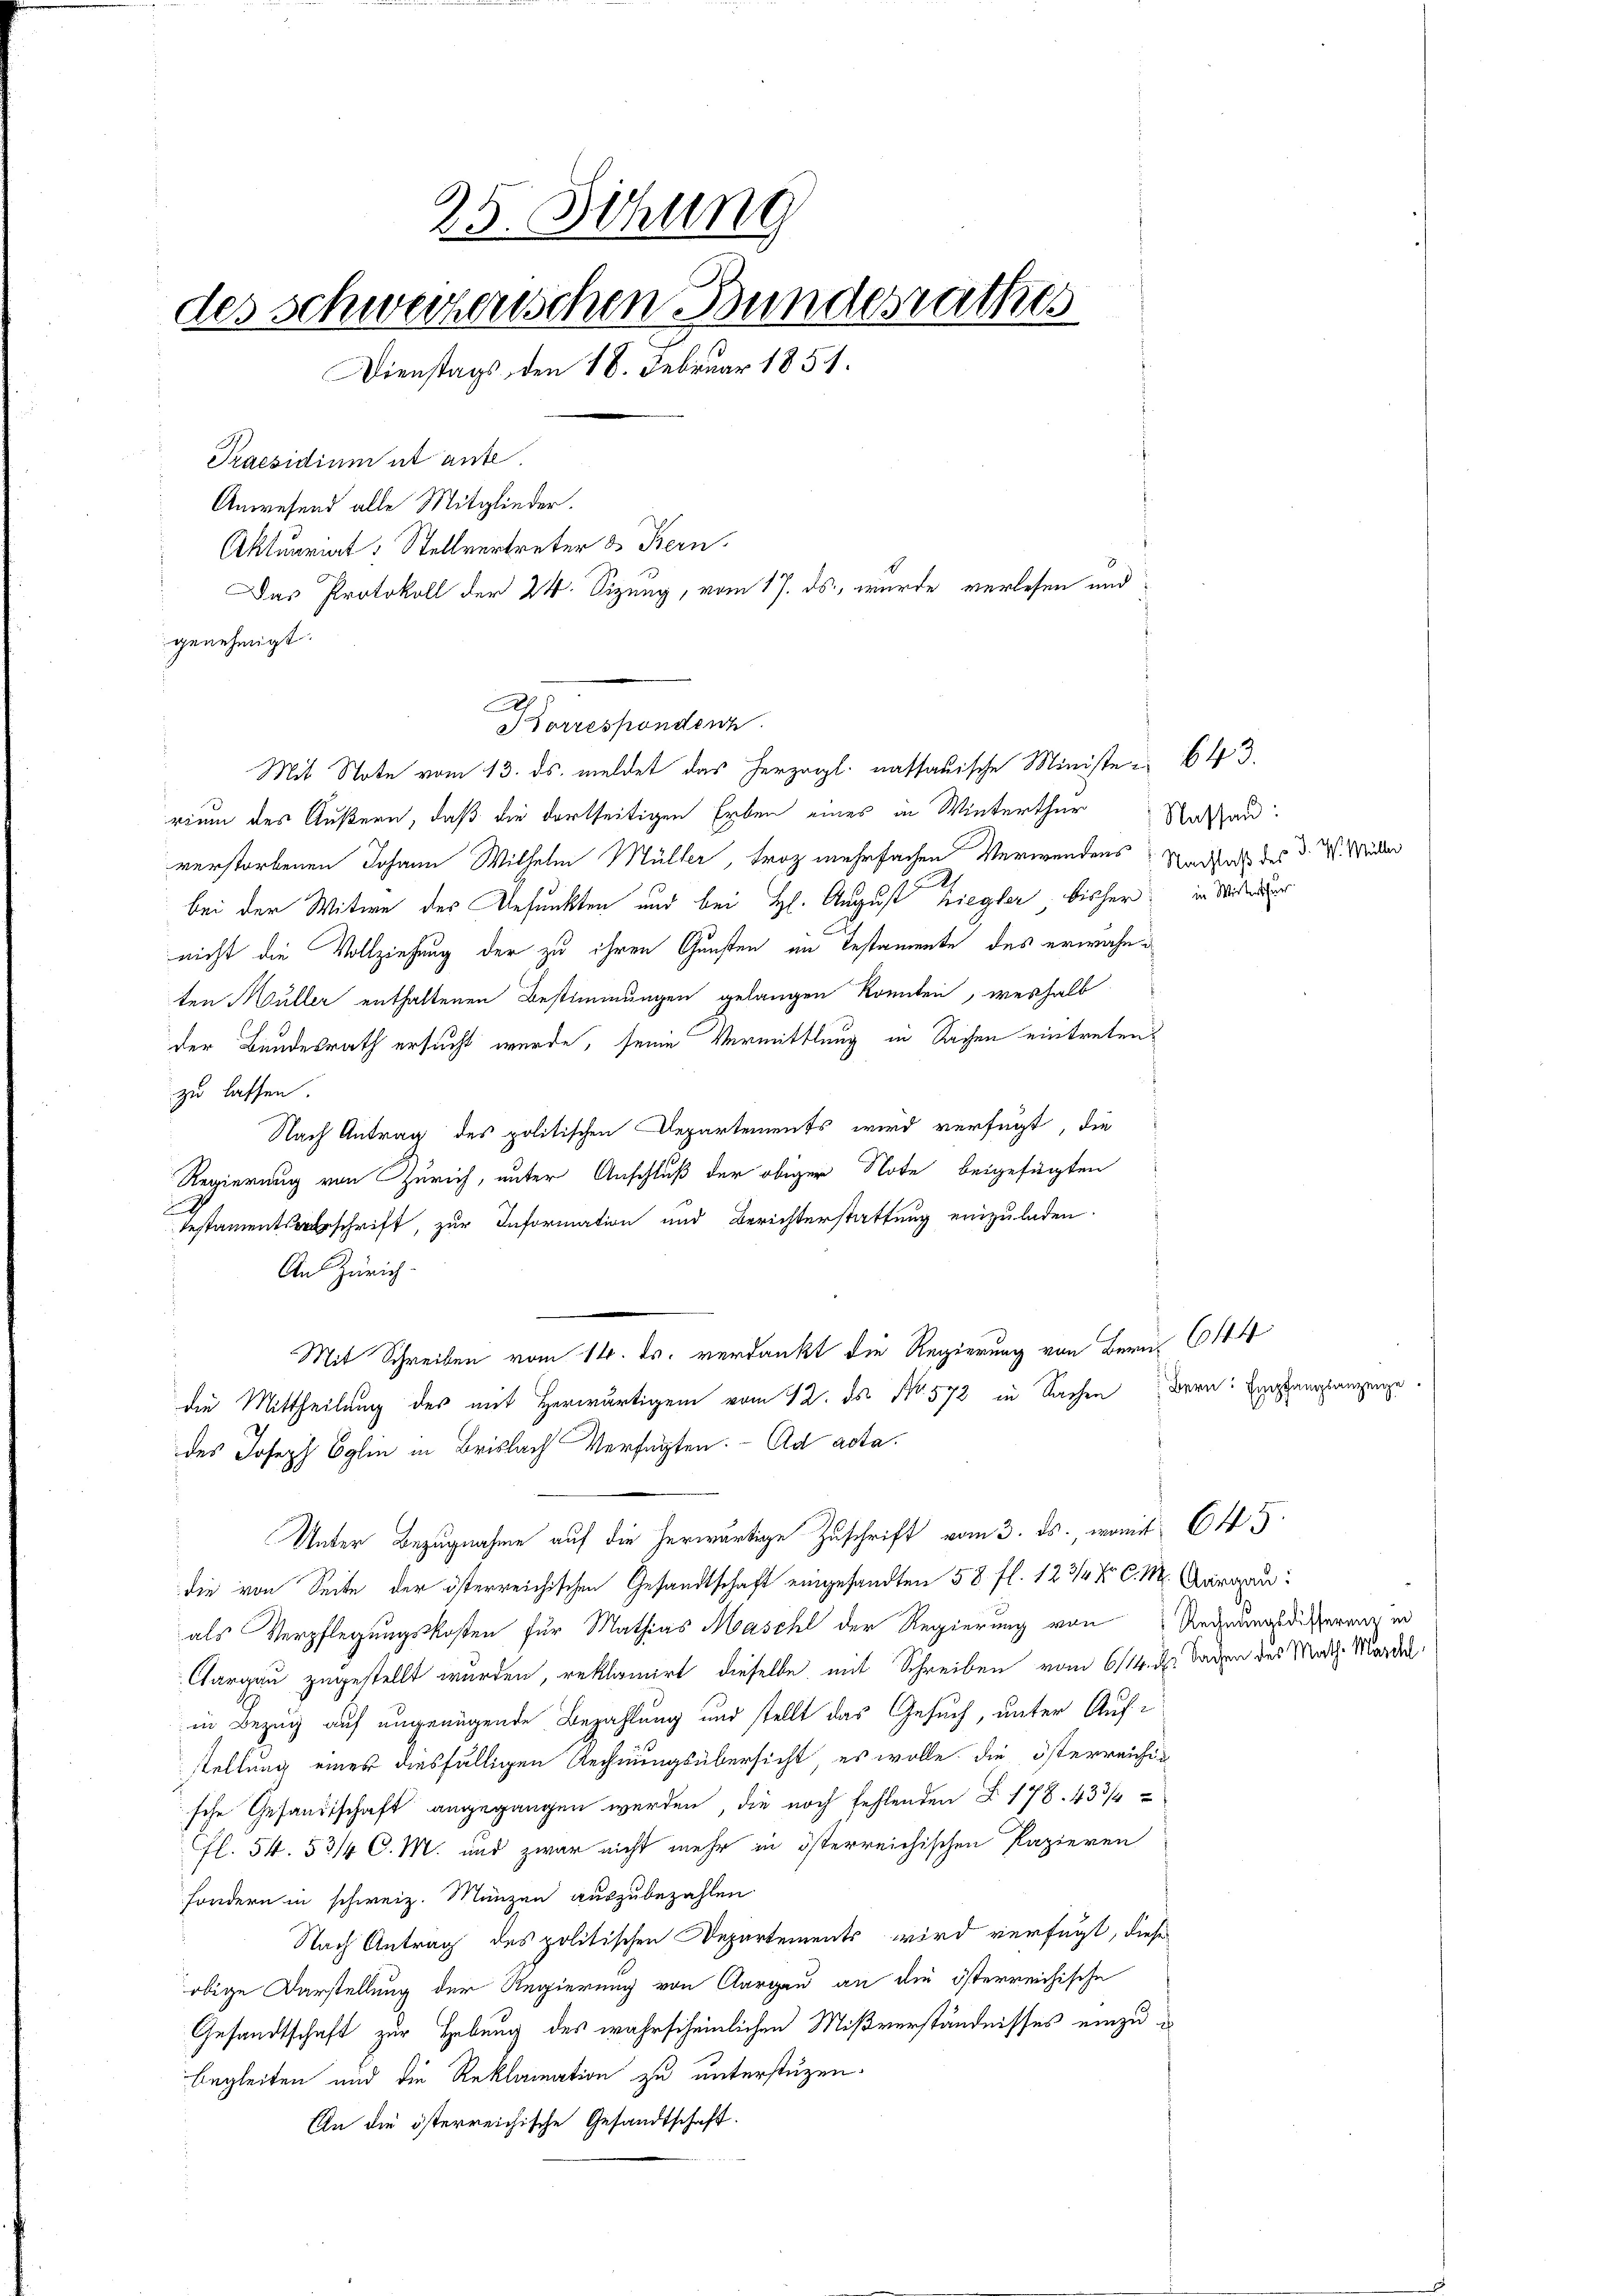
25. Sitzung
des schweizerischen Bundesrathes
Dienstags den 18. Februar 1851.
Praesidium et ante
Anwesend alle Mitglieder.
Aktuariat Stellvertreter & Bern.
Das Protokoll der 24. Sizung, vom 17. ds., wurde verlesen und

genehmigt.
Ap
Sorrespondenz
rium des Äußern, daß die dortseitigen Erben eines in Winterthur
verstorbenen Johann Wilhelm Müller, troz mehrfachen Verwendens. Nachters des d. M. Weder
bei der Witwe des Befunkten und bei H. August Ziegler bisher in Wider
nicht die Vollziehung der zu ihren Gunsten im Testamente des erwähnten Müller enthaltenen Bestimmungen gelangen könnten, weshalb
der Bundesrath ersucht wurde, seine Vermittlung in Sachen eintreten
zu lassen.
Nach Antrag des politischen Departements wird verfügt, die
Regierung von Zürich, unter Anschluß der obiger Note beigefügten
Testamentsvorschrift, zur Information und Berichterstattung einzuladen.
An Zürich.
Mit Schreiben vom 14. ds. verdankt die Regierung von Bern 644
die Mittheilung des mit Herwärtigem vom 12. ds. No. 572 in Sachen Bern: Einsanglanzeige
des Joseph Eglin in Brislach Verfügten. - Ad acta.
Unter Bezugnahme auf die herwärtige Zuschrift vom 3. ds., womit 645
die von Seite der österreichischen Gesandtschaft eingesandten 58 fl. 123 fr C. M. Aargau:
als Verpflegungskosten für Mathias Masche der Regierung von Regnungsdisserung in
Cargau zugestellt wurden, reklamirt dieselbe mit Schreiben vom 611. d. Baden des Math. Morden,
in Bezug auf ungenügende Bezahlung und stellt das Gesuch, unter Aufstellung eines diesfälligen Rechnungsübersicht, es wolle, die österreichig
sche Gesandtschaft angegangen werden, die noch fehlenden F. 178. 433/4
fl. 54. 53/4 C. M. und zwar nicht mehr in österreichischen Papieren
sondern in schweiz. Münzen auszubezahlen.
Nach Antrag des politischen Departements wird verfügt, diese
obige Darstellung der Regierung von Aargau an die österreichische
Gesandtschaft zur Hebung des wahrscheinlichen Mißverständnisses einzubegleiten und die Reklamation zu unterstüzen.
An die österreichische Gesandtschaft.

Mit Note vom 13. ds. meldet das herzogl. nassauische Ministen 643.

Nassau: